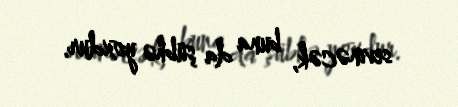
sevinəcək, buna da şübhə yoxdur.